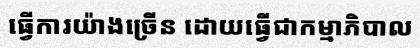
ធ្វើការយ៉ាងច្រើន ដោយធ្វើជាកម្មាភិបាល